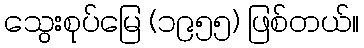
သွေးစုပ်မြေ (၁၉၅၅) ဖြစ်တယ်။